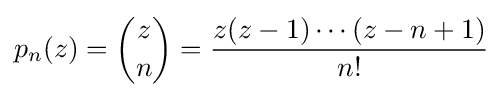
p_{n}(z)={z \choose n}={\frac {z(z-1)\cdots (z-n+1)}{n!}}